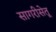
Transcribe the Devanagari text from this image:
सागरीसेतू